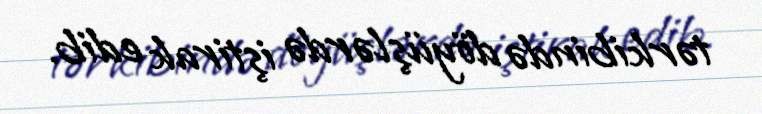
tərkibində döyüşlərdə iştirak edib.